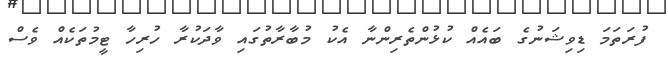
ފުރަތަމަ ޑިވިޝަނުުގެ ބައެއް ކުޅުންތެރިންނާ އެކު މުބާރާތުގައި ވާދަކުރާ ހުރިހާ ޓީމުތަކެއް ވެސް